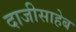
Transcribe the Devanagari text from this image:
दाजीसाहेब